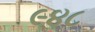
૯૪૮